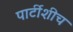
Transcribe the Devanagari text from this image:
पार्टीशीच